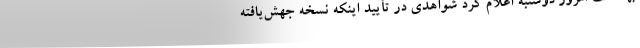
بهداشت امروز دوشنبه اعلام کرد شواهدی در تأیید اینکه نسخه جهش‌یافته